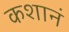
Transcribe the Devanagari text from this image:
कशानं